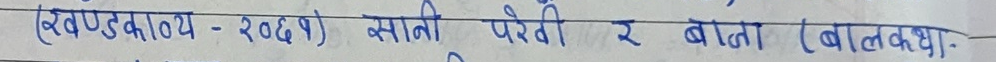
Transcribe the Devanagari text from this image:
(खण्डकाव्य - २०६५) सानी परेवी र बाता (बालकथा)